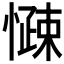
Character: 𱟑